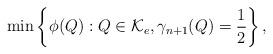
LaTeX: \begin{align*}\min \left\{\phi(Q):Q\in \mathcal{K}_e,\gamma_{n+1}(Q)=\frac{1}{2}\right\},\end{align*}